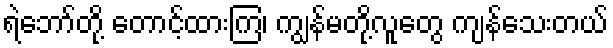
ရဲဘော်တို့ တောင့်ထားကြ၊ ကျွန်မတို့လူတွေ ကျန်သေးတယ်